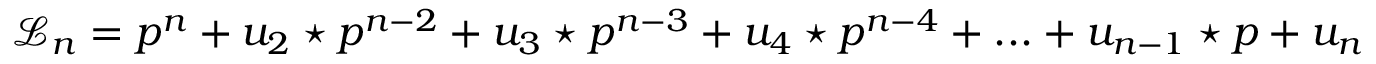
{ \mathcal L } _ { n } = p ^ { n } + u _ { 2 } \star p ^ { n - 2 } + u _ { 3 } \star p ^ { n - 3 } + u _ { 4 } \star p ^ { n - 4 } + . . . + u _ { n - 1 } \star p + u _ { n } \,